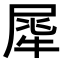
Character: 𤚌